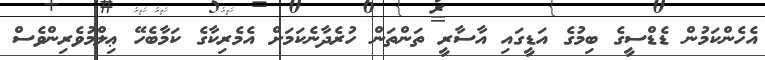
އެހެންކަމުން ޑެޑްސީގެ ބިމުގެ އަޑީގައި އާސާރީ ތަންތަން ހުރެދާނެކަމަށް އެމެރިކާގެ ކަމާބެހޭ ޢިލްމުވެރިންވެސް